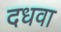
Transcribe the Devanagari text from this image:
दधवा